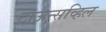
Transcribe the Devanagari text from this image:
टाऊन्सव्हिल